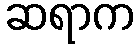
ဆရာက